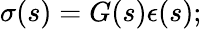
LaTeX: \begin{array}{r}{\sigma(s)=G(s){\epsilon}(s);}\end{array}